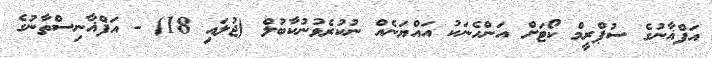
އަފްޣާނުގެ ސުޕްރީމް ކޯޓަށް އަންހެނަކު އައްޔަނެއް ނުކުރެވުނުކާބުލް (ޖުލައި 18) - އަފްޣާނިސްތާނުގެ